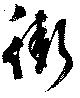
街